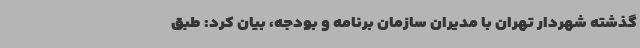
گذشته شهردار تهران با مدیران سازمان برنامه و بودجه، بیان کرد: طبق